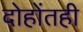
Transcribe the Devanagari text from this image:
दोहोंतही